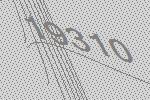
19310